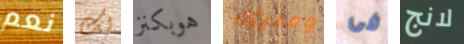
نعم لك هوبكنز ومليئة فى لانج